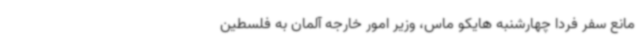
مانع سفر فردا چهارشنبه هایکو ماس، وزیر امور خارجه آلمان به فلسطین